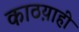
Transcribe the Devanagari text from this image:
काठय़ाही